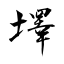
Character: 墿